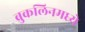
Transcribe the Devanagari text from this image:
ब्रुकलिनमध्ये